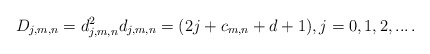
\begin{align*}D_{j,m,n}=d_{j,m,n}^2 d_{j,m,n}=(2 j +c_{m,n}+d+1), j=0,1,2,...\,.\end{align*}